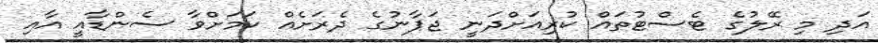
އަދި މި ރޭލުގެ ޓެސްޓުތައް ކުރިއަށްދަނީ ޖަޕާނުގެ ދެރަށެއް ކަމަށްވާ ސެންޑާއީ އާއި